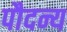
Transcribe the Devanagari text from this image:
पौदन्य